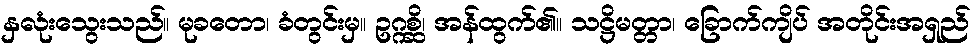
နှလုံးသွေးသည်။ မုခတော၊ ခံတွင်းမှ။ ဥဂ္ဂစ္ဆိ၊ အန်ထွက်၏။ သဋ္ဌိမတ္တာ၊ ခြောက်ကျိပ် အတိုင်းအရှည်